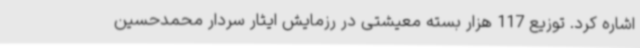
اشاره کرد. توزیع 117 هزار بسته معیشتی در رزمایش ایثار سردار محمدحسین